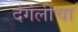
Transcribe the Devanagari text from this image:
दंगंलींचा